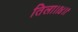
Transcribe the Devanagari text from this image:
तिला।।४।।